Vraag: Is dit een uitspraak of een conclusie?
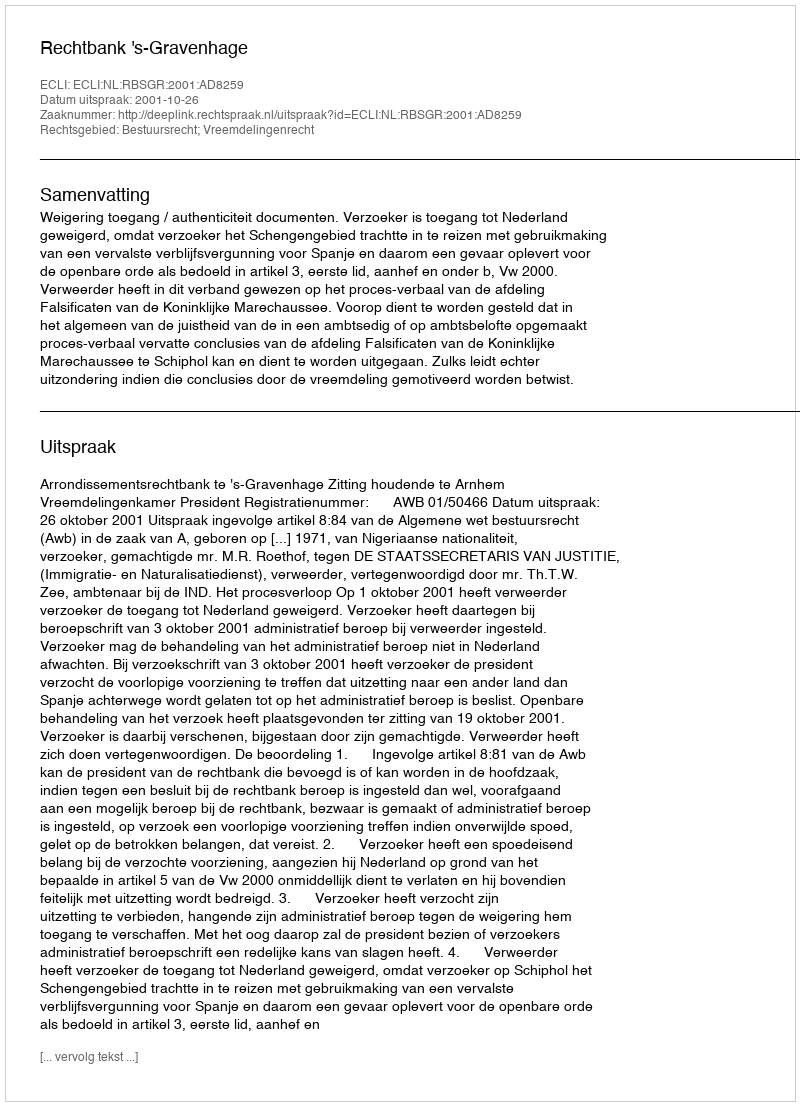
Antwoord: Uitspraak